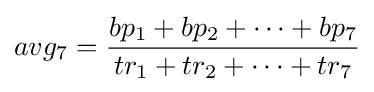
avg_{7}={bp_{1}+bp_{2}+\cdots +bp_{7} \over tr_{1}+tr_{2}+\cdots +tr_{7}}